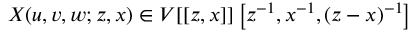
X ( u , v , w ; z , x ) \in V [ [ z , x ] ] \left[ z ^ { - 1 } , x ^ { - 1 } , ( z - x ) ^ { - 1 } \right]